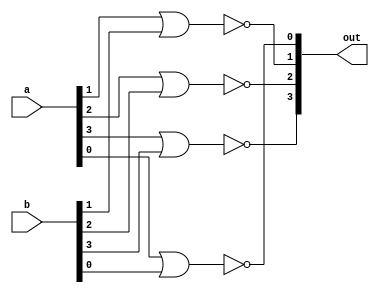
`timescale 1ns / 1ps

module four_nor(a, b, out);

input [3:0]a;
input [3:0]b;
output [3:0]out;

nor zero(out[0], a[0], b[0]);
nor one(out[1], a[1], b[1]);
nor two(out[2], a[2], b[2]);
nor three(out[3], a[3], b[3]);

endmodule
// When 0000 and 0000 at end, get 1111. Why?